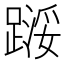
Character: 𬧇